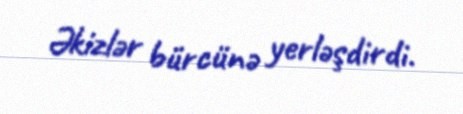
Əkizlər bürcünə yerləşdirdi.